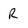
Character: R